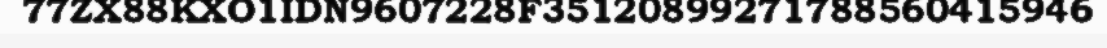
77ZX88KXO1IDN9607228F35120899271788560415946